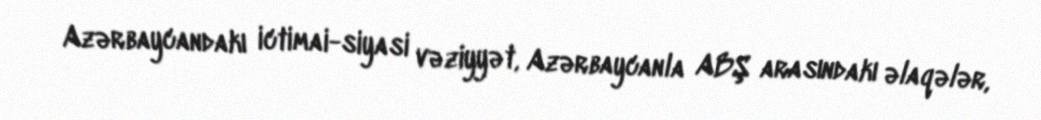
Azərbaycandakı ictimai-siyasi vəziyyət, Azərbaycanla ABŞ arasındakı əlaqələr,